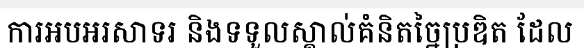
ការអបអរសាទរ និងទទួលស្គាល់គំនិតច្នៃប្រឌិត ដែល